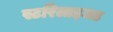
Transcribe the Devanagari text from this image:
स्टरिलाइजड